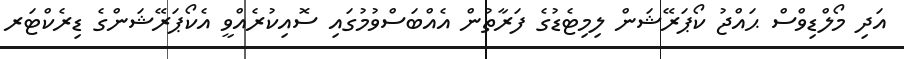
އަދި މޯލްޑިވްސް ޙައްޖު ކޯޕަރޭޝަން ލިމިޓެޑުގެ ފަރާތުން އެއްބަސްވުމުގައި ސޮއިކުރެއްވީ އެކޯޕަރޭޝަންގެ ޑިރެކްޓަރ